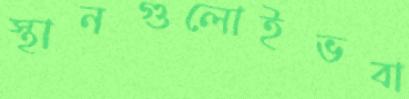
স্থানগুলোইভবা